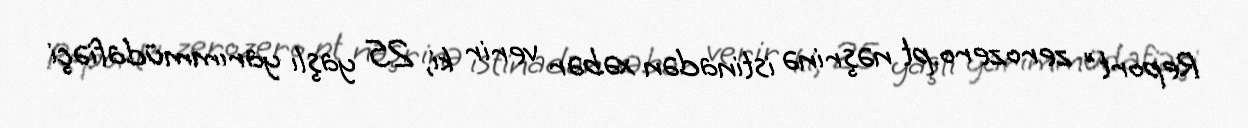
Report" zerozero.pt nəşrinə istinadən xəbər verir ki, 25 yaşlı yarımmüdafiəçi